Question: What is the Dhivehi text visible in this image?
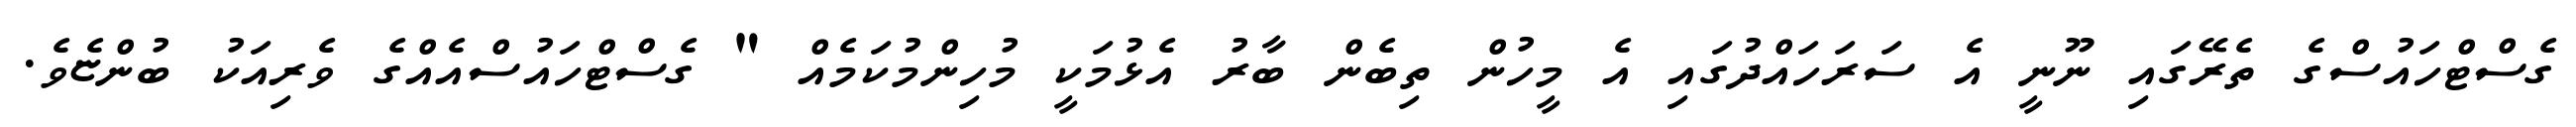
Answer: ގެސްޓްހައުސްގެ ތެރޭގައި ނޫނީ އެ ސަރަހައްދުގައި އެ މީހުން ތިބެން ބާރު އެޅުމަކީ މުހިންމުކަމެއް " ގެސްޓްހައުސްއެއްގެ ވެރިއަކު ބުންޏެވެ.